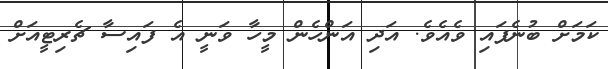
ކަމަށް ބުނެފައި ވެއެވެ. އަދި އަންހެން މީހާ ވަނީ އެ ފައިސާ ޗެރިޓީއަށް